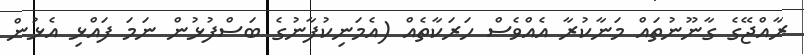
ރާއްޖޭގެ ގާނޫނުތައް މަނާކުރާ އެއްވެސް ހަރަކާތެއް (އެމަނިކުފާނުގެ ބަސްފުޅުން ނަމަ ފައްޅި އެޅުން